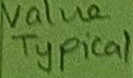
Text: Value Typical